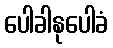
ပေါခါနုပေါခံ